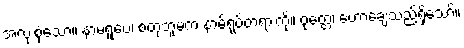
အလုံးစုံသော။ နာမရူပေ၊ စတုဘူမက နာမ်ရုပ်တရားကို။ ဝုတ္တေ၊ ဟောချေသည်ရှိသော်။